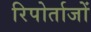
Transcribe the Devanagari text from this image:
रिपोर्ताजों